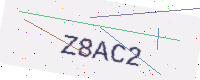
Text: Z8AC2